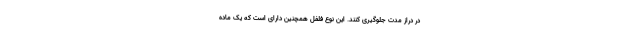
در دراز مدت جلوگیری کنند. این نوع فلفل همچنین دارای است که یک ماده